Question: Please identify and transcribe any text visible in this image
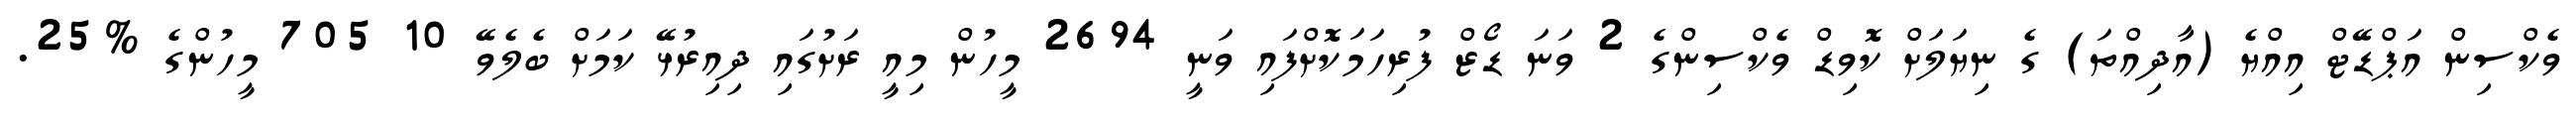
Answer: ވެކްސިން އަޕްޑޭޓް އިއްޔެ (އާދިއްތަ) ގެ ނިޔަލަށް ކޮވިޑް ވެކްސިންގެ 2 ވަނަ ޑޯޒް ފުރިހަމަކޮށްފައި ވަނީ 2694 މީހުން މިއީ ރަށުގައި ދިއިރުޅޭ ކަމަށް ބެލެވޭ 10 705 މީހުންގެ %25.